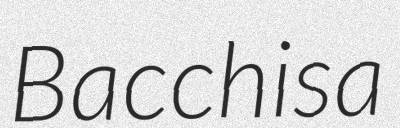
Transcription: Bacchisa